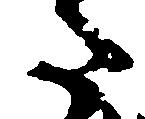
た